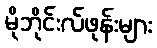
မိုဘိုင်းလ်ဖုန်းများ